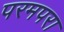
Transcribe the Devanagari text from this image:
परमपरा